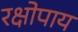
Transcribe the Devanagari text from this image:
रक्षोपाय